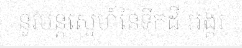
នូវមន្តស្នេហ៍នៃទឹកដី អង្គរ